Vaccination in Bombay 1924-1928 - 1924-1928
Year: 1924
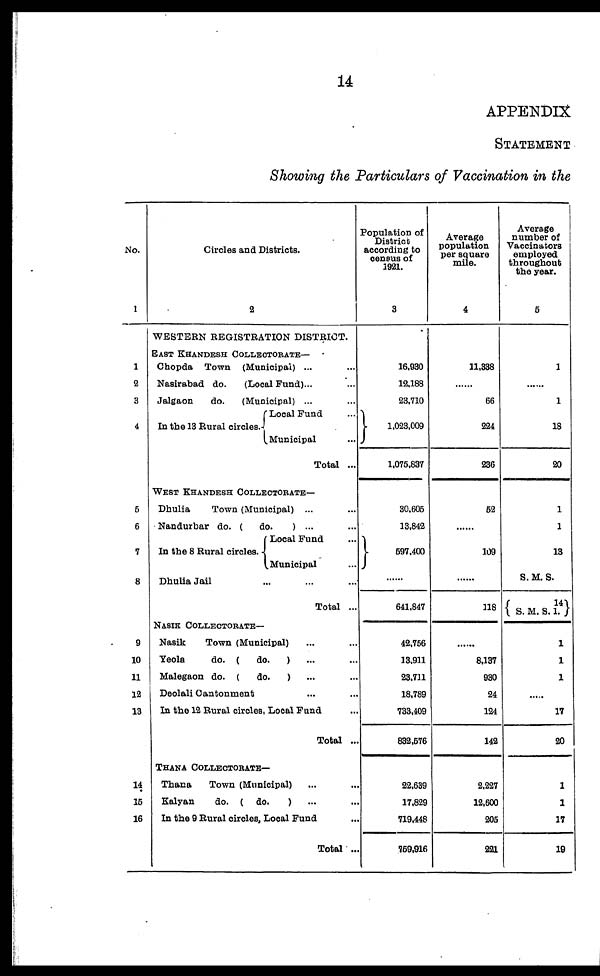
14
APPENDIX
STATEMENT
Showing the Particulars of Vaccination in the
No.
1
1
2
3
4
5
6
7
8
9
10
11
13
13
14
15
16
Circles and Districts.
2
WESTERN REGISTRATION DISTRICT.
EAST KHANDESH COLLECTORATE—
ChopdaTown(Municipal) ... ...
Nasirabad do.(Local Fund)... ...
Jalgaondo.(Municipal) ... ...
In the 13 Rural circles.
Local Fund ...
Municipal ...
Total ...
WEST KHANDESH COLLECTORATE—
Dhulia
Town (Municipal)... ...
Nandurbar do. (do.
) ... ...
In the 8 Rural circles.
Local Fund ...
Municipal ...
Dhulia Jail
...
Total ...
NASIK COLLECTORATE—
Nasik
Town (Municipal) ... ...
Yeola
do.(do.) ... ...
Malegaondo.(do.) ... ...
Deolali Cantonment ... ...
In the 12 Rural circles, Local Fund ...
Total ...
THANA COLLECTORATE—
Thana
Town (Municipal) ... ...
Kalyan
do.(do.
) ... ...
In the 9 Rural circles, Local Fund ...
Total ...
Population of
District
according to
census of
1921.
3
16,930
12,188
23,710
1,023,009
1,075,837
30,605
13,842
597,400
...
641,847
42,756
13,911
23,711
18,789
733,409
832,576
22,639
17,829
719,448
759,916
Average
population
per square
mile.
4
11,338
......
66
224
236
52
......
109
...
118
...
8,137
930
24
124
142
2,227
12,600
205
221
Average
number of
Vaccinators
employed
throughout
the year.
5
1
......
1
18
20
1
1
13
S. M. S.
14
S. M. S. 1.
1
1
1
......
17
20
1
1
17
19